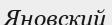
Яновский